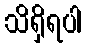
သိရှိရပါ